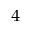
^ 4